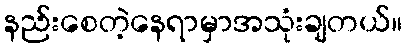
နည်းစေတဲ့နေရာမှာအသုံးချတယ်။